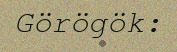
Görögök: